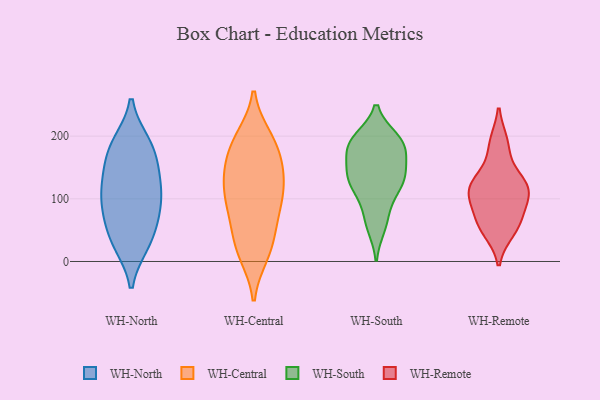
{"axis": {"x": "Market Share (%)", "y": "Value"}, "legend": ["WH-Central", "WH-North", "WH-Remote", "WH-South"], "data": [{"x": "", "y": 28, "type": "WH-North"}, {"x": "", "y": 112, "type": "WH-North"}, {"x": "", "y": 69, "type": "WH-North"}, {"x": "", "y": 189, "type": "WH-North"}, {"x": "", "y": 121, "type": "WH-North"}, {"x": "", "y": 73, "type": "WH-North"}, {"x": "", "y": 159, "type": "WH-North"}, {"x": "", "y": 149, "type": "WH-North"}, {"x": "", "y": 29, "type": "WH-North"}, {"x": "", "y": 84, "type": "WH-North"}, {"x": "", "y": 33, "type": "WH-North"}, {"x": "", "y": 98, "type": "WH-North"}, {"x": "", "y": 125, "type": "WH-North"}, {"x": "", "y": 188, "type": "WH-North"}, {"x": "", "y": 183, "type": "WH-North"}, {"x": "", "y": 43, "type": "WH-Central"}, {"x": "", "y": 197, "type": "WH-Central"}, {"x": "", "y": 193, "type": "WH-Central"}, {"x": "", "y": 100, "type": "WH-Central"}, {"x": "", "y": 166, "type": "WH-Central"}, {"x": "", "y": 132, "type": "WH-Central"}, {"x": "", "y": 115, "type": "WH-Central"}, {"x": "", "y": 173, "type": "WH-Central"}, {"x": "", "y": 154, "type": "WH-Central"}, {"x": "", "y": 87, "type": "WH-Central"}, {"x": "", "y": 198, "type": "WH-Central"}, {"x": "", "y": 101, "type": "WH-Central"}, {"x": "", "y": 56, "type": "WH-Central"}, {"x": "", "y": 14, "type": "WH-Central"}, {"x": "", "y": 19, "type": "WH-Central"}, {"x": "", "y": 125, "type": "WH-Central"}, {"x": "", "y": 73, "type": "WH-Central"}, {"x": "", "y": 139, "type": "WH-Central"}, {"x": "", "y": 11, "type": "WH-Central"}, {"x": "", "y": 136, "type": "WH-South"}, {"x": "", "y": 195, "type": "WH-South"}, {"x": "", "y": 144, "type": "WH-South"}, {"x": "", "y": 120, "type": "WH-South"}, {"x": "", "y": 178, "type": "WH-South"}, {"x": "", "y": 56, "type": "WH-South"}, {"x": "", "y": 183, "type": "WH-South"}, {"x": "", "y": 132, "type": "WH-South"}, {"x": "", "y": 145, "type": "WH-South"}, {"x": "", "y": 118, "type": "WH-South"}, {"x": "", "y": 85, "type": "WH-South"}, {"x": "", "y": 192, "type": "WH-South"}, {"x": "", "y": 62, "type": "WH-South"}, {"x": "", "y": 190, "type": "WH-South"}, {"x": "", "y": 171, "type": "WH-South"}, {"x": "", "y": 194, "type": "WH-South"}, {"x": "", "y": 124, "type": "WH-South"}, {"x": "", "y": 50, "type": "WH-Remote"}, {"x": "", "y": 60, "type": "WH-Remote"}, {"x": "", "y": 185, "type": "WH-Remote"}, {"x": "", "y": 59, "type": "WH-Remote"}, {"x": "", "y": 123, "type": "WH-Remote"}, {"x": "", "y": 188, "type": "WH-Remote"}, {"x": "", "y": 65, "type": "WH-Remote"}, {"x": "", "y": 117, "type": "WH-Remote"}, {"x": "", "y": 109, "type": "WH-Remote"}, {"x": "", "y": 94, "type": "WH-Remote"}, {"x": "", "y": 117, "type": "WH-Remote"}, {"x": "", "y": 130, "type": "WH-Remote"}, {"x": "", "y": 114, "type": "WH-Remote"}]}